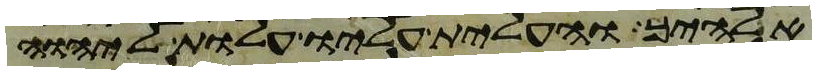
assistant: אלהיך והעלית עליו עלות ליהוה